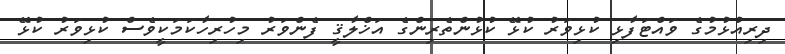
ދިރިއުޅުމުގެ ވައްޓަފާޅި ކުޅިވަރު ކުޅޭ ކުޅުންތެރިންގެ އަޚްލާޤީ ފެންވަރު މިހުރިހާކަމަކީވެސް ކުޅިވަރު ކުޅޭ